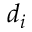
d _ { i }